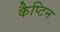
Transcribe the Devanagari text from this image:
कैप्टिन